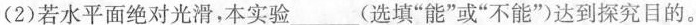
(2)若水平面绝对光滑，本实验 ___ (选填”能”或”不能”)达到探究目的。